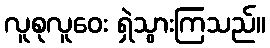
လူစုလူဝေး ရှဲသွားကြသည်။